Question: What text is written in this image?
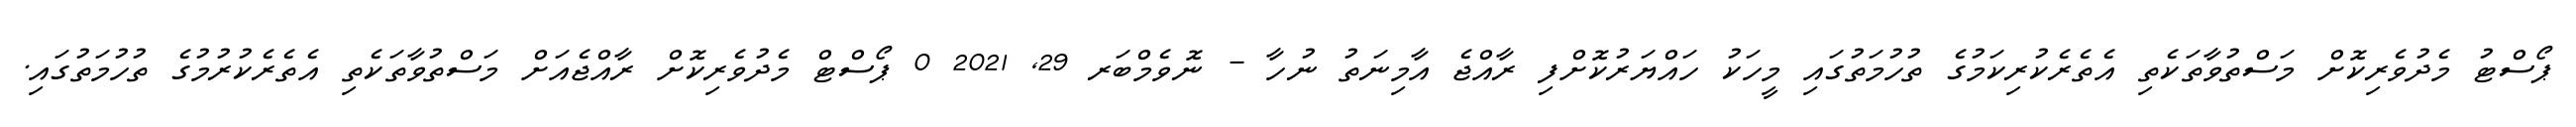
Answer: ޕޯސްޓު މެދުވެރިކޮށް މަސްތުވާތަކެތި އެތެރެކުރިކަމުގެ ތުހުމަތުގައި މީހަކު ހައްޔަރުކޮށްފި ރާއްޖެ އާމިނަތު ނުހާ - ނޮވެމްބަރ 29, 2021 0 ޕޯސްޓް މެދުވެރިކޮށް ރާއްޖެއަށް މަސްތުވާތަކެތި އެތެރެކުރުމުގެ ތުހުމަތުގައި.